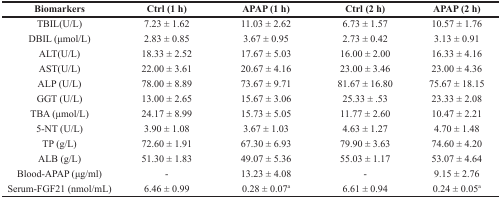
<table><thead><tr><td><b>Biomarkers</b></td><td><b>Ctrl (1 h)</b></td><td><b>APAP (1 h)</b></td><td><b>Ctrl (2 h)</b></td><td><b>APAP (2 h)</b></td></tr></thead><tbody><tr><td>TBIL(U/L)</td><td>7.23 ± 1.62</td><td>11.03 ± 2.62</td><td>6.73 ± 1.57</td><td>10.57 ± 1.76</td></tr><tr><td>DBIL (μmol/L)</td><td>2.83 ± 0.85</td><td>3.67 ± 0.95</td><td>2.73 ± 0.42</td><td>3.13 ± 0.91</td></tr><tr><td>ALT(U/L)</td><td>18.33 ± 2.52</td><td>17.67 ± 5.03</td><td>16.00 ± 2.00</td><td>16.33 ± 4.16</td></tr><tr><td>AST(U/L)</td><td>22.00 ± 3.61</td><td>20.67 ± 4.16</td><td>23.00 ± 3.46</td><td>23.00 ± 4.36</td></tr><tr><td>ALP (U/L)</td><td>78.00 ± 8.89</td><td>73.67 ± 9.71</td><td>81.67 ± 16.80</td><td>75.67 ± 18.15</td></tr><tr><td>GGT (U/L)</td><td>13.00 ± 2.65</td><td>15.67 ± 3.06</td><td>25.33 ± .53</td><td>23.33 ± 2.08</td></tr><tr><td>TBA (μmol/L)</td><td>24.17 ± 8.99</td><td>15.73 ± 5.05</td><td>11.77 ± 2.60</td><td>10.47 ± 2.21</td></tr><tr><td>5-NT (U/L)</td><td>3.90 ± 1.08</td><td>3.67 ± 1.03</td><td>4.63 ± 1.27</td><td>4.70 ± 1.48</td></tr><tr><td>TP (g/L)</td><td>72.60 ± 1.91</td><td>67.30 ± 6.93</td><td>79.90 ± 3.63</td><td>74.60 ± 4.20</td></tr><tr><td>ALB (g/L)</td><td>51.30 ± 1.83</td><td>49.07 ± 5.36</td><td>55.03 ± 1.17</td><td>53.07 ± 4.64</td></tr><tr><td>Blood-APAP (μg/ml)</td><td>-</td><td>13.23 ± 4.08</td><td>-</td><td>9.15 ± 2.76</td></tr><tr><td>Serum-FGF21 (nmol/mL)</td><td>6.46 ± 0.99</td><td>0.28 ± 0.07<sup>a</sup></td><td>6.61 ± 0.94</td><td>0.24 ± 0.05<sup>a</sup></td></tr></tbody></table>